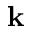
\mathbf { k }